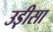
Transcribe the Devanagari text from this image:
उड़़ीसा